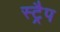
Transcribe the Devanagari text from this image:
स्ट्रैप